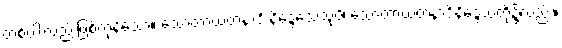
တစ်ပါးလည်းဖြစ်ကုန်သော။ သောတာယတနာဒိ နိဒ္ဒေသေသုပိ၊ သောတာယတနာဒိနိဒ္ဒေသတို့၌လည်း။